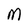
Character: M